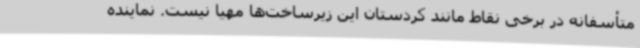
متأسفانه در برخی نقاط مانند کردستان این زیرساخت‌ها مهیا نیست. نماینده